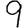
Digit: 9